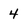
Character: 4